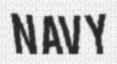
NAVY